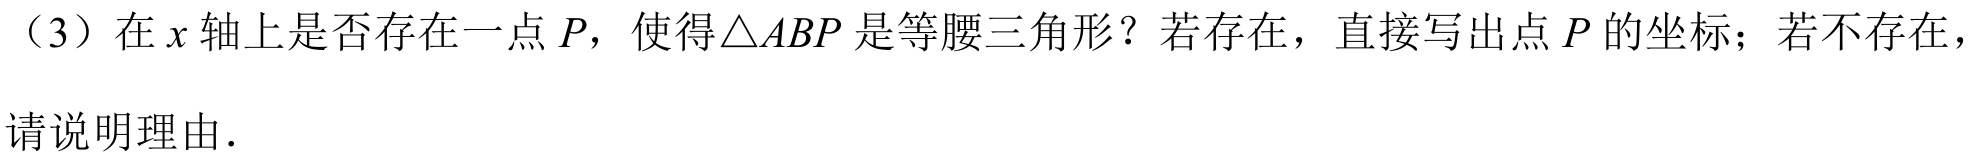
（3）在 \(x\) 轴上是否存在一点 \(P\)，使得\(\triangle ABP\) 是等腰三角形？若存在，直接写出点 \(P\) 的坐标；若不存在，
请说明理由.